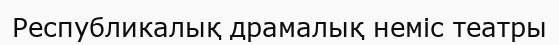
Республикалық драмалық неміс театры